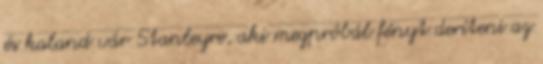
és kaland vár Stanleyre, aki megpróbál fényt deríteni az